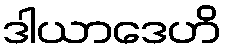
ဒါယာဒေဟိ